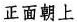
正面朝上